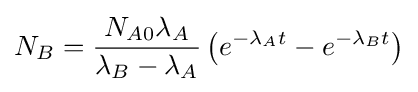
N_{B}={\frac {N_{A0}\lambda _{A}}{\lambda _{B}-\lambda _{A}}}\left(e^{-\lambda _{A}t}-e^{-\lambda _{B}t}\right)